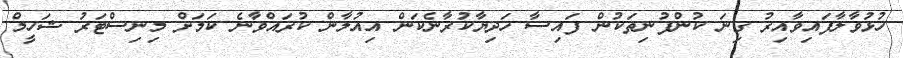
ހުޅުވާލާފައިވާއިރު ގިނަަ ކުންފުނިތަކުން ފައިސާ ހަދިޔާކުރާނެކަން އިއުލާން ކުރައްވާނެ ކަމަށް މިނިސްޓަރު ޝަހީމް